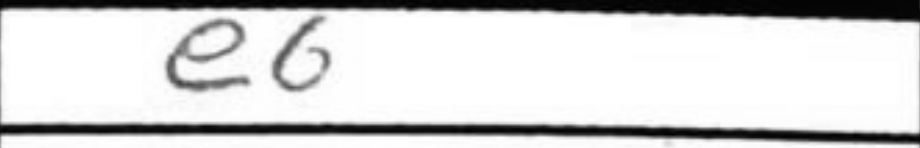
Transcription: e6